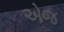
એજ